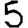
Digit: 5